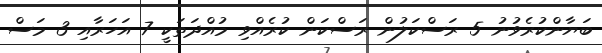
ބަޔާންކުރެވުނު 5 ރަސްކަލުން ރަސްކަން ކުރެއްވި މުއްދަތަކީ 7 އަހަރާއި 3 މަސް